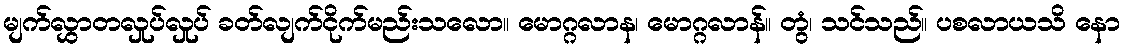
မျက်လွှာတလှုပ်လှုပ် ခတ်လျက်ငိုက်မည်းသလော။ မောဂ္ဂလာန၊ မောဂ္ဂလာန်။ တွံ၊ သင်သည်။ ပစလာယသိ နော